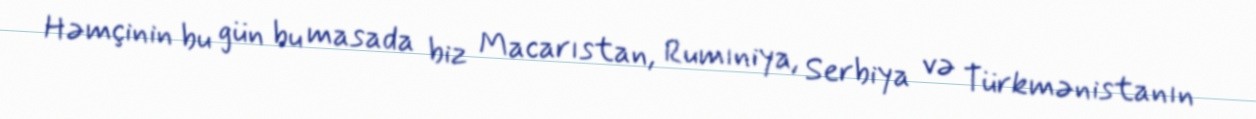
Həmçinin bu gün bu masada biz Macarıstan, Rumıniya, Serbiya və Türkmənistanın